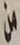
من